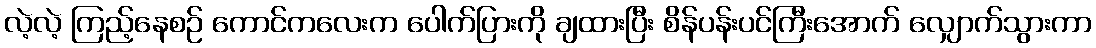
လဲ့လဲ့ ကြည့်နေစဉ် ကောင်ကလေးက ပေါက်ပြားကို ချထားပြီး စိန်ပန်းပင်ကြီးအောက် လျှောက်သွားကာ